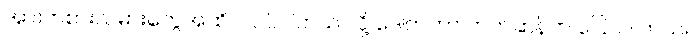
အားကစားသမားတွေအထိ ပါဝင်ပါတယ် လို့ ဒေါက်တာ ဘက်ဆန်က ပြောပါ တယ်။